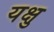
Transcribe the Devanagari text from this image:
यक्षु